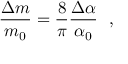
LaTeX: \frac { \Delta m } { m _ { 0 } } = \frac { 8 } { \pi } \frac { \Delta \alpha } { \alpha _ { 0 } } ~ ~ ,